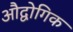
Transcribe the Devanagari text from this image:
औद्वोगिक